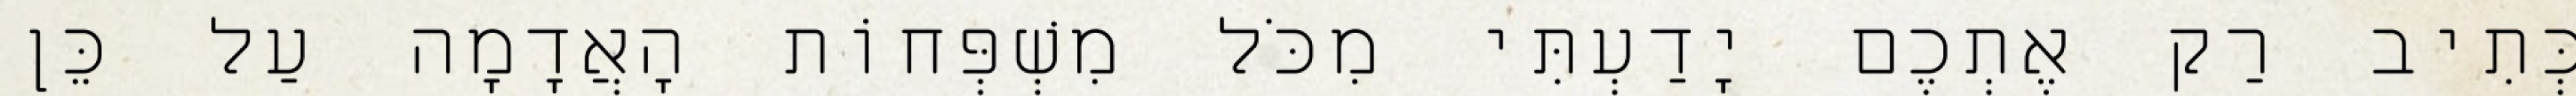
כְּתִיב רַק אֶתְכֶם יָדַעְתִּי מִכֹּל מִשְׁפְּחוֹת הָאֲדָמָה עַל כֵּן